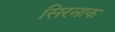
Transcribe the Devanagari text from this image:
सिरनाक